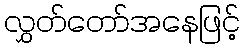
လွှတ်တော်အနေဖြင့်